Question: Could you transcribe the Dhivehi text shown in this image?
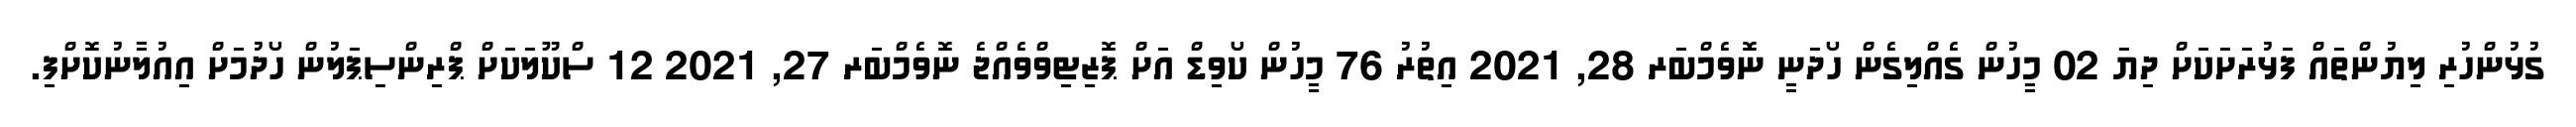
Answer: ގުޅުންހުރި ލިޔުންތައް ފަޅުރަށަކަށް ދިޔަ 02 މީހުން ގެއްލިގެން ހޯދަނީ ނޮވެމްބަރ 28, 2021 އިތުރު 76 މީހުން ކޯވިޑް އަށް ޕޮޒިޓިވްވެއްޖެ ނޮވެމްބަރ 27, 2021 12 ސްކޫލަކަށް ޕްރިންސިޕަލުން ހޯދުމަށް އިއުލާނުކޮށްފި.